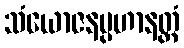
သံယောဇနပ္ပဟာနတ္ထံ